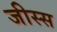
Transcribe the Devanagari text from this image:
जीस्स